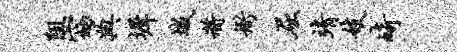
阻窈典墀城将衙屈靖妓崎